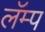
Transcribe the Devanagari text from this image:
लॅम्प